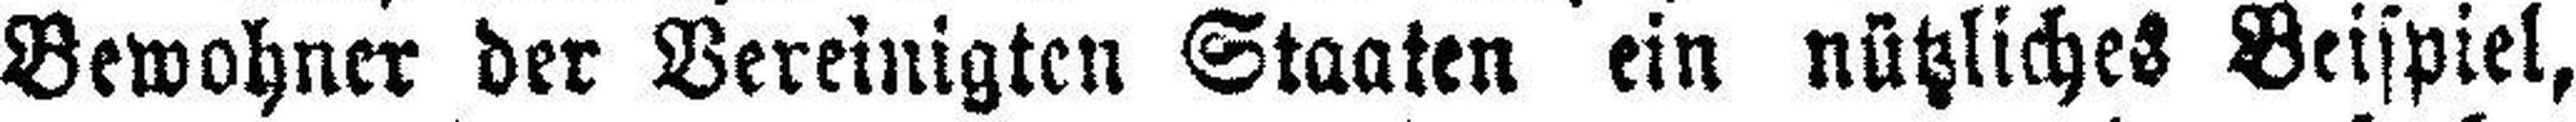
Bewohner der Vereinigten Staaten ein nützliches Beispiel,